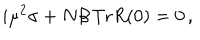
LaTeX: i \mu ^ { 2 } \sigma + N \beta \, \mathrm { T r } R ( 0 ) = 0 \, ,